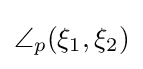
\angle _{p}(\xi _{1},\xi _{2})